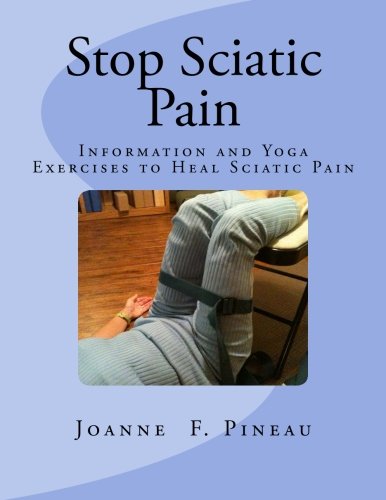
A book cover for Stop Sciatic Pain: Information and Yoga Exercises to Heal Sciatic Pain; Joanne F Pineau; Health, Fitness & Dieting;